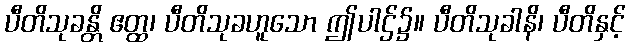
ပီတိသုခန္တိ ဧတ္ထ၊ ပီတိသုခဟူသော ဤပါဌ်၌။ ပီတိသုခါနိ၊ ပီတိနှင့်